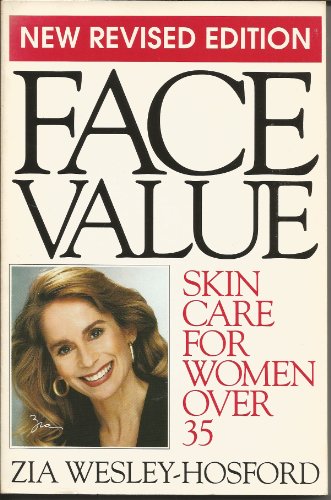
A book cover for Face Value Skin Care for Women over Thirty Five; Zia Wesley Hosford; Health, Fitness & Dieting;